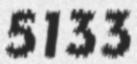
5133